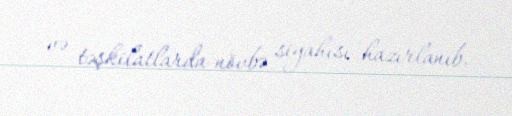
və təşkilatlarda növbə siyahısı hazırlanıb.